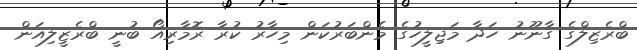
ބްރެޒިލްގެ ގާނޫނު ހަދާ މަޖިލީހުގެ މެންބަރުކަން މިހާރު ކުރާ ރޮމާރިއޯ ބުނީ ބްރެޒީލިއަން